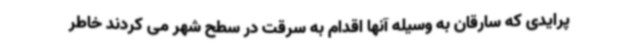
پرایدی که سارقان به وسیله آنها اقدام به سرقت در سطح شهر می کردند خاطر